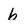
Character: b